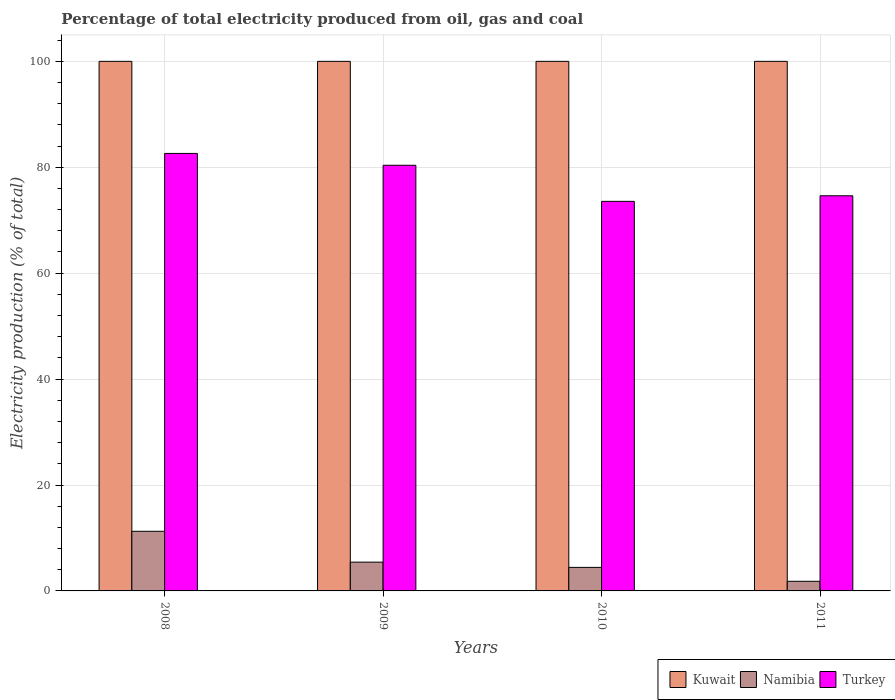
| Years | Kuwait | Namibia | Turkey |
 | --- | --- | --- | --- |
 | 2008 | 100 | 11.3 | 82.6 |
 | 2009 | 100 | 5.44 | 80.4 |
 | 2010 | 100 | 4.44 | 73.6 |
 | 2011 | 100 | 1.82 | 74.6 |